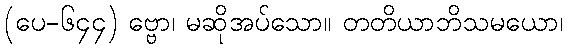
(ပေ-၆၄၄) ဗ္ဗော၊ မဆိုအပ်သော။ တတိယာဘိသမယော၊